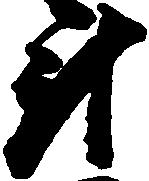
斗